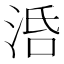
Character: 𣴠